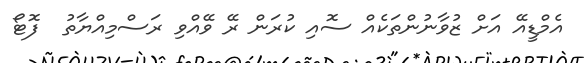
އެމްޑީއޭ އަށް ޒުވާނުންތަކެއް ސޮއި ކުރަން ރޭ ވޭއްވި ރަސްމިއްޔާތު  ފޮޓޯ